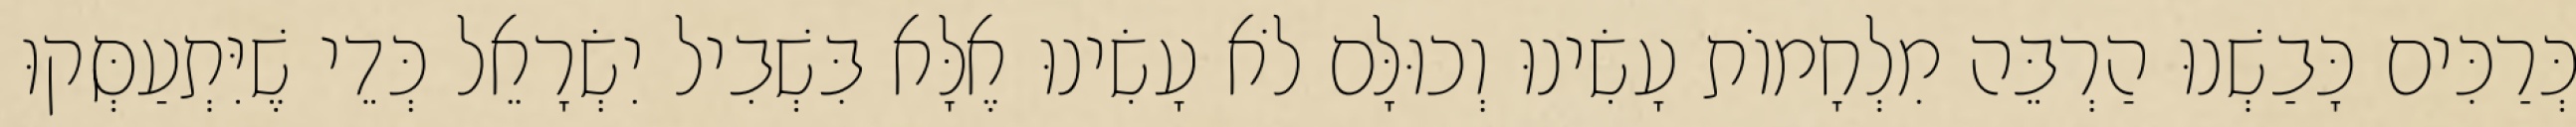
כְּרַכִּים כָּבַשְׁנוּ הַרְבֵּה מִלְחָמוֹת עָשִׂינוּ וְכוּלָּם לֹא עָשִׂינוּ אֶלָּא בִּשְׁבִיל יִשְׂרָאֵל כְּדֵי שֶׁיִּתְעַסְּקוּ